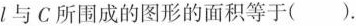
l与C所围成的图形的面积等于().